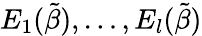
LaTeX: E_{1}(\tilde{\beta}),\dots,E_{l}(\tilde{\beta})